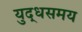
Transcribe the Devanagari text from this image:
युद्धसमय